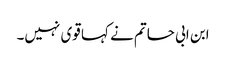
ابن ابی حاتم نے کہا قوی نہیں۔